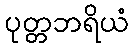
ပုတ္တဘရိယံ